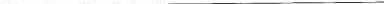
___